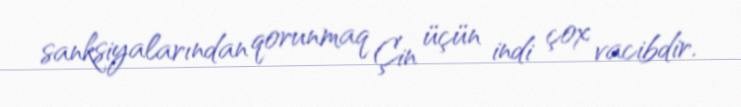
sanksiyalarından qorunmaq Çin üçün indi çox vacibdir.